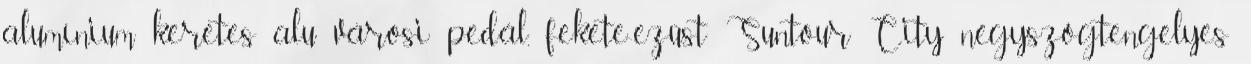
alumínium keretes alu városi pedál, fekete-ezüst Suntour City négyszögtengelyes